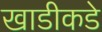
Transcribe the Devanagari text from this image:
खाडीकडे